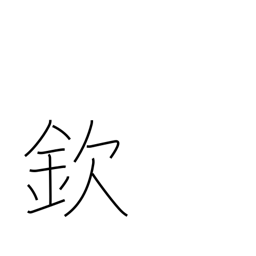
Meaning: respect